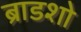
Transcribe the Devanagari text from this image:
ब्राडशो